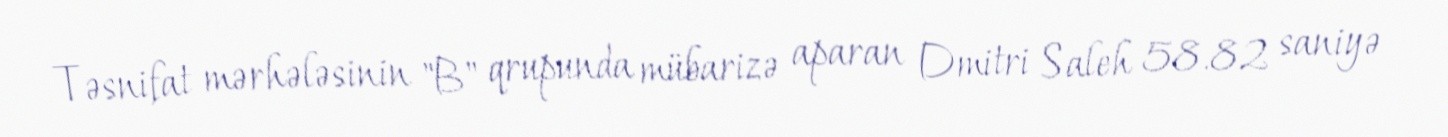
Təsnifat mərhələsinin "B" qrupunda mübarizə aparan Dmitri Saleh 58.82 saniyə